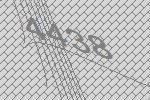
4438